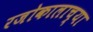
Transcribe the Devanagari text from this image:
रजोकालाच्या